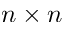
n \times n